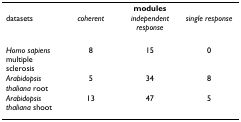
<table><thead><tr><td></td><td colspan="3"><b>modules</b></td></tr><tr><td><b>datasets</b></td><td><b><i>coherent</i></b></td><td><b><i>independent response</i></b></td><td><b><i>single response</i></b></td></tr></thead><tbody><tr><td><i>Homo sapiens </i>multiple sclerosis</td><td>8</td><td>15</td><td>0</td></tr><tr><td><i>Arabidopsis thaliana </i>root</td><td>5</td><td>34</td><td>8</td></tr><tr><td><i>Arabidopsis thaliana </i>shoot</td><td>13</td><td>47</td><td>5</td></tr></tbody></table>